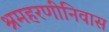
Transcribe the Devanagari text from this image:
श्रमहरणीनिवास